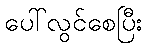
ပေါ်လွင်စေပြီး